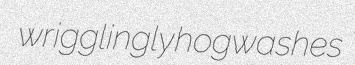
wrigglingly hogwashes